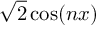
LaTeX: { \sqrt { 2 } } \cos ( n x )